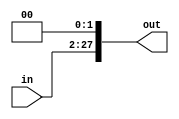
module pc_shift_left(in,out);

input [0:25] in;
output [0:27] out;

assign out = {in[0:25], 1'b0, 1'b0};

endmodule